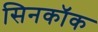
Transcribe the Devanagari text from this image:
सिनकॉक